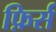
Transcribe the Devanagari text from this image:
फ़िर्स